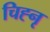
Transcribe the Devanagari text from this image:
चिह्नृ